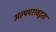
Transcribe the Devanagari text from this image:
अल्पपरावटुता